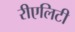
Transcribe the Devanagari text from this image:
रीएलिटी